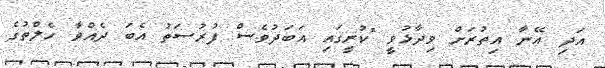
އަދި އޭނާ އިތުރަށް ވިދާޅުވީ "ކުރީގައި އަބަދުވެސް ފުރުސަތު އެބަ ދެއްވާ ހެލްތުގެ